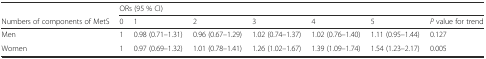
<table><thead><tr><td></td><td colspan="7"><b>ORs (95 % CI)</b></td></tr><tr><td><b>Numbers of components of MetS</b></td><td><b>0</b></td><td><b>1</b></td><td><b>2</b></td><td><b>3</b></td><td><b>4</b></td><td><b>5</b></td><td><b><i>P</i> value for trend</b></td></tr></thead><tbody><tr><td>Men</td><td>1</td><td>0.98 (0.71–1.31)</td><td>0.96 (0.67–1.29)</td><td>1.02 (0.74–1.37)</td><td>1.02 (0.76–1.40)</td><td>1.11 (0.95–1.44)</td><td>0.127</td></tr><tr><td>Women</td><td>1</td><td>0.97 (0.69–1.32)</td><td>1.01 (0.78–1.41)</td><td>1.26 (1.02–1.67)</td><td>1.39 (1.09–1.74)</td><td>1.54 (1.23–2.17)</td><td>0.005</td></tr></tbody></table>